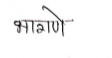
मजकूर: भागणे